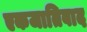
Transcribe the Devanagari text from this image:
एकजातिवाद